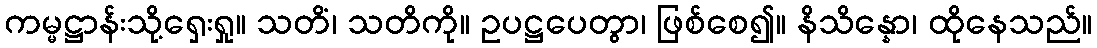
ကမ္မဋ္ဌာန်းသို့ရှေးရှု။ သတိံ၊ သတိကို။ ဥပဋ္ဌပေတွာ၊ ဖြစ်စေ၍။ နိသိန္နော၊ ထိုနေသည်။